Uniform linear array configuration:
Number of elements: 48
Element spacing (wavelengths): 0.5
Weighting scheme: hamming
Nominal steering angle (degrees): -15
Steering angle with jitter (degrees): -15.315
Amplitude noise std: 0.05
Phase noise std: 0.05

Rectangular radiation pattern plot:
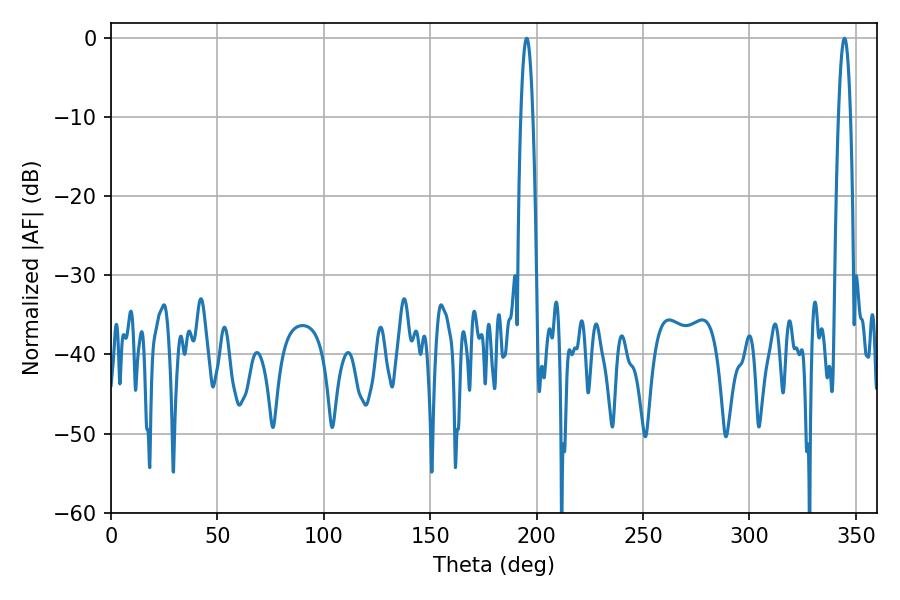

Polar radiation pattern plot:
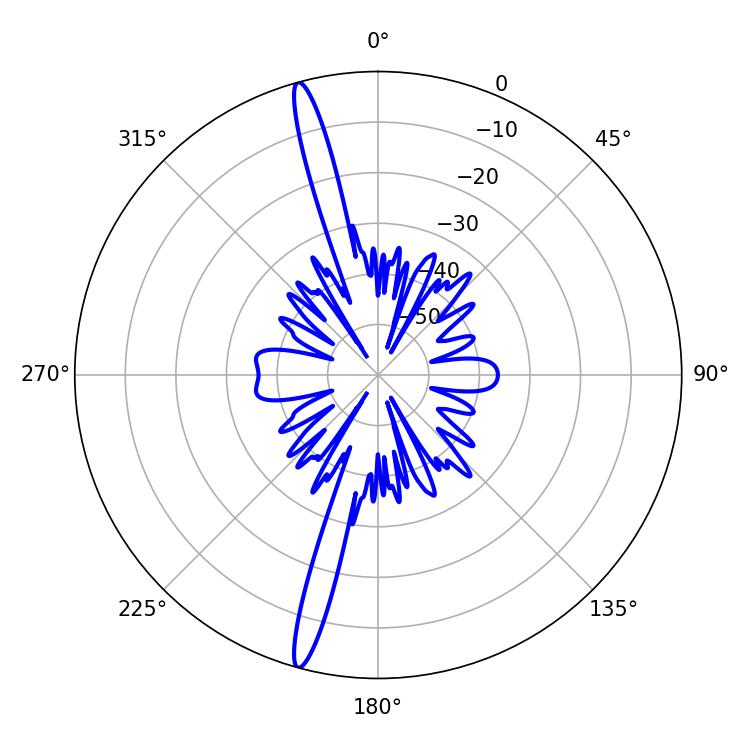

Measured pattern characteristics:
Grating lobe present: FALSE
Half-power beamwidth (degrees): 3.06
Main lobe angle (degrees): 195.3